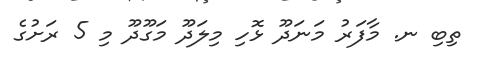
ތިބި ނ. މާފަރު މަނަދޫ ޅޮހި މިލަދޫ މަގޫދޫ މި 5 ރަށުގެ